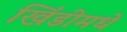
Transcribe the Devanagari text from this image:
खिंडीमधे